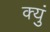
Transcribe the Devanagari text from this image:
क्युं